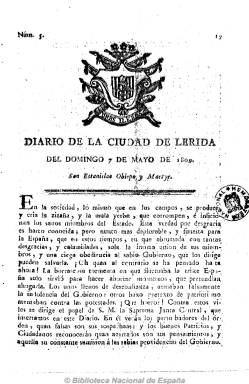
Título: Diario de la ciudad de Lérida
Colección: Periódicos anteriores a 1850
Ámbito geográfico: Lérida
Lugar de publicación: Lérida
Fechas: 07/05/1809-07/05/1809

Con Barcelona y otras ciudades catalanas en manos del ejército napoleónico, en junio de 1808 será constituida la Junta Suprema del Principado de Cataluña en Lérida, primera ciudad que se había sublevado en el principado, y que comenzará a editar Diario de la guerra de la ciudad de Lérida (aunque aparece con frecuencia bisemanal), considerado el primer periódico que se imprime en esta ciudad, pero el primero propiamente leridano será Diario de la ciudad de Lérida, que comenzará a imprimirse el uno de julio de ese año, coincidiendo con la marcha a Tarragona de la junta de defensa catalana.

Será editado “con superior permiso”, siendo, por tanto, portavoz de la Junta Corregimental leridana. En números de cuatro páginas, estampará en la cabecera el escudo de armas de Lérida, y comenzará con el santoral, para mantener a continuación secciones como “Noticias del Reyno” y “Noticias del Principado”, en las que dará noticia de los avatares del conflicto bélico en la península, pero también proporcionará otras europeas, así como artículos, proclamas, órdenes, etc. Este periódico patriótico saldrá de la Oficina de la viuda de Escuder, Rosa Compte.

En algún momento su título será reducido a Diario de Lérida, y desparecerá a finales de abril de 1810, con el asedio definitivo de las tropas francesas, que permanecerán en la ciudad hasta el 13 de febrero de 1814. Según Rosel i Pujol, las autoridades invasoras pudieron seguir editando por algún tiempo este diario, con textos en catalán y francés. Se conoce también la reimpresión de la edición de este diario de 7 de julio de 1808, en Vic, en la oficina de Juan Dorca.